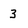
Character: 3